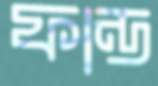
ফান্ড